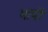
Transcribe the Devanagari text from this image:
भापों